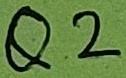
Text: Q2